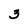
Character: 3